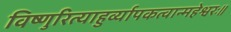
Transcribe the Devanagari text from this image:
विष्णुरित्याहुर्व्यापकत्वान्महेश्वरः॥